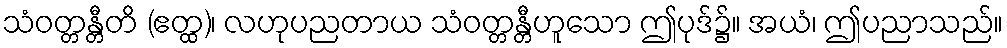
သံဝတ္တန္တီတိ (ဧတ္ထ)၊ လဟုပညတာယ သံဝတ္တန္တီဟူသော ဤပုဒ်၌။ အယံ၊ ဤပညာသည်။